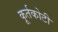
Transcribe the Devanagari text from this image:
कूर्तकोटी